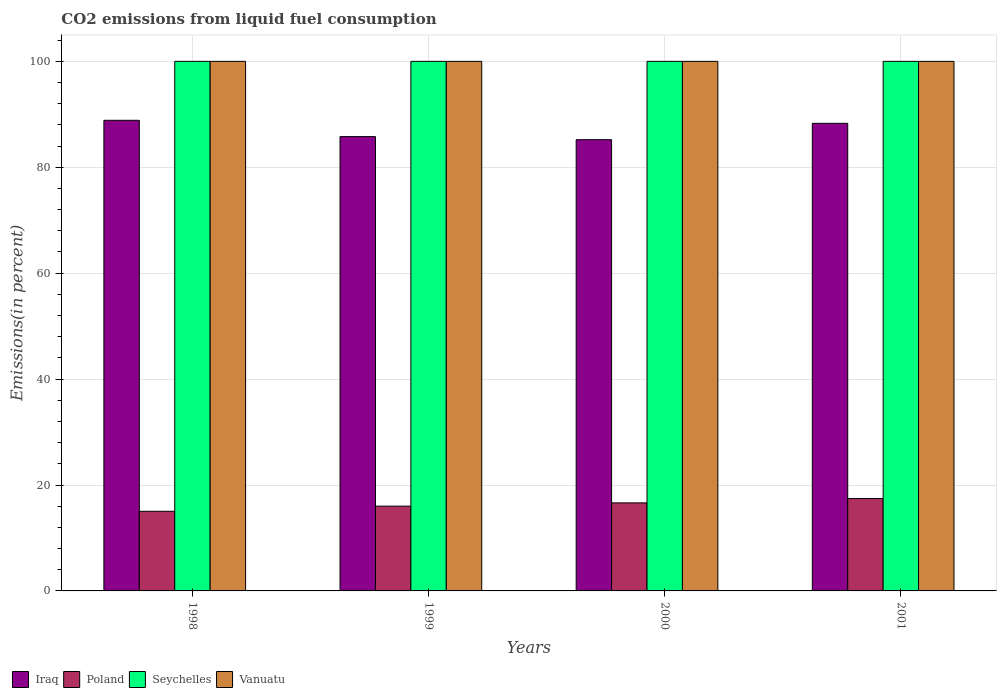
| Years | Iraq | Poland | Seychelles | Vanuatu |
 | --- | --- | --- | --- | --- |
 | 1998 | 88.9 | 15 | 100 | 100 |
 | 1999 | 85.8 | 16 | 100 | 100 |
 | 2000 | 85.2 | 16.6 | 100 | 100 |
 | 2001 | 88.3 | 17.4 | 100 | 100 |